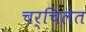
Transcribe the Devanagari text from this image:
चर्चिलेत